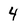
Character: 4